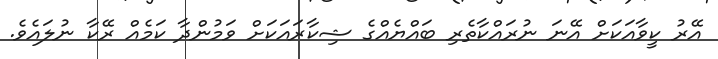
އޭރު ކީވާއަކަށް އޭނަ ނުރައްކާތެރި ބައްޔެއްގެ ޝިކާރައަކަށް ވަމުންދާ ކަމެއް ރޭކާ ނުލައެވެ.